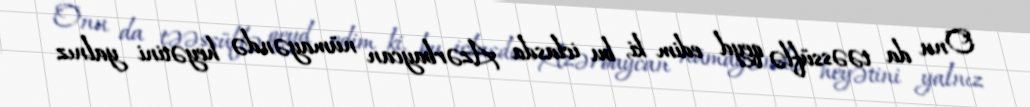
Onu da təəssüflə qeyd edim ki, bu iclasda Azərbaycan nümayəndə heyətini yalnız